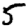
Digit: 5